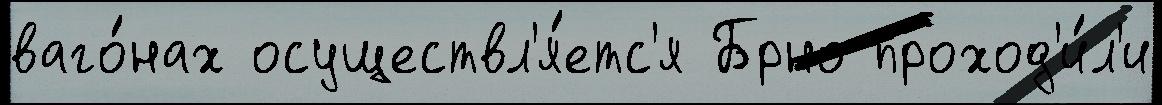
ваго́нах осуществл'я́етс'я Брно проход'и́л'и